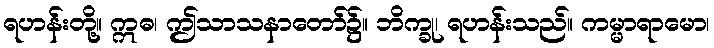
ရဟန်းတို့။ ဣဓ၊ ဤသာသနာတော်၌။ ဘိက္ခု၊ ရဟန်းသည်။ ကမ္မာရာမော၊